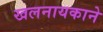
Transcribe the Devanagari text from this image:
खलनायकाने